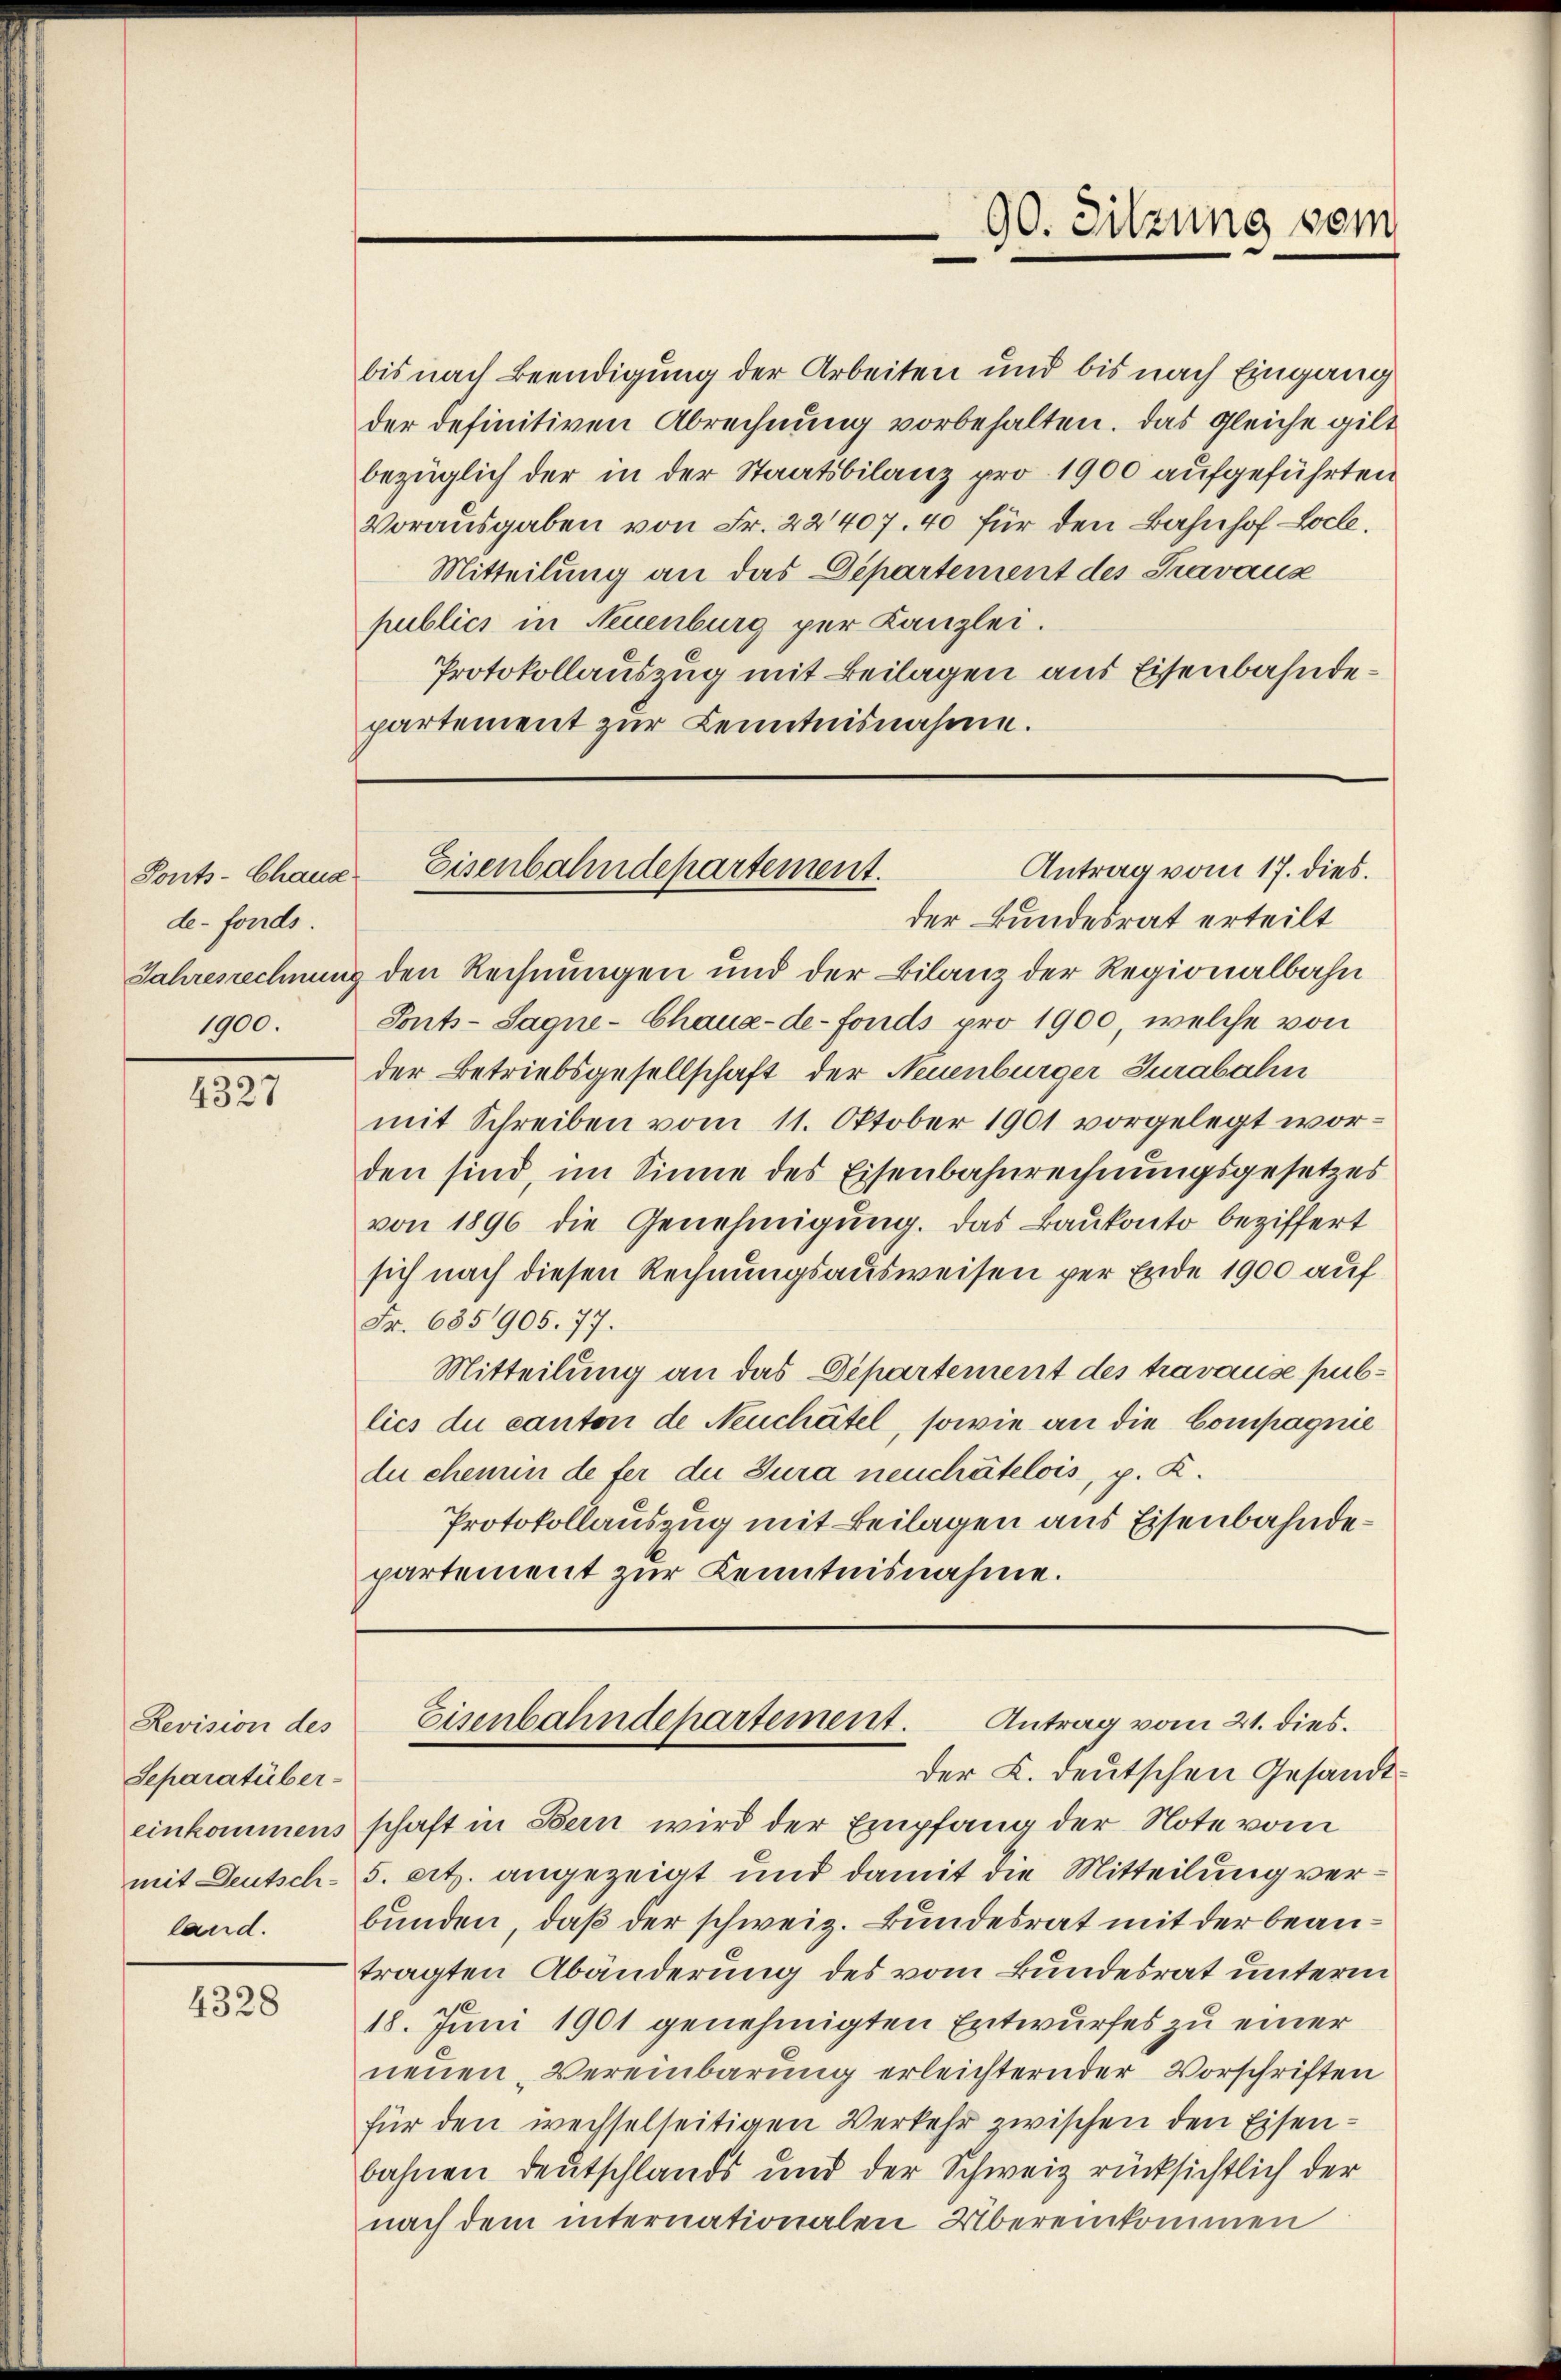
Ponts-Chaus
de-fonds.
1900.

4327

Revision des
Separatüberland.

4328

bis nach Beendigung der Arbeiten und bis nach Eingang
der definitiven Abrechnung vorbehalten. Das Gleiche gilt
bezüglich der in der Staatsbilanz pro 1900 aufgeführten
Vorausgaben von Fr. 22407. 40 für den Bahnhof Locl.
Mitteilung an das Departement des Pravaux
publics in Neuenburg per Kanzlei.
Protokollauszug mit Beilagen aus Eisenbahndepartement zur Kenntnisnahme.

der Bundesrat erteilt
Jahresrechnung den Rechnungen und der Bilanz der Regionalbahn
Sonts-Sagne- Chaux-de-Fonds pro 1900, welche von
der Betriebsgesellschaft der Neuenburger Jurabahn
mit Schreiben vom 11. Oktober 1901 vorgelegt worden sind, im Sinne des Eisenbahnrechnungsgesetzes
von 1896 die Genehmigung. Das Baukonto beziffert
sich nach diesen Rechnungsausweisen per Ende 1900 auf
Fr. 685905. 77.
Mitteilung an das Departement des travause publics du canton de Neuchâtel, sowie an die Compagnie
du chemin de fer die Jura neuchâtelois, p. K.
Protokollauszug mit Beilagen aus Eisenbahndepartement zur Kenntnisnahme.

90. Sitzung vom
e

Antrag vom 17. dies.
Eisenbahndepartement.

Eisenbahndepartement. Antrag vom 21. dies
der L. deutschen Gesandt¬

einkommens schaft in Bern wird der Empfang der Note vom
mit Deutsch- 5. cit. angezeigt und damit die Mitteilung verbunden, daß der schweiz. Bundesrat mit der beantragten Abänderung des vom Bundesrat unterm
18. Juni 1901 genehmigten Entwurfes zu einer
neuen Vereinbarung erleichternder Vorschriften
für den wechselseitigen Verkehr zwischen den Eisenbahnen Deutschlands und der Schweiz rücksichtlich der
nach dem internationalen Übereinkommen